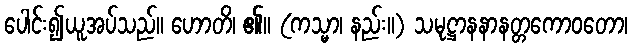
ပေါင်း၍ယူအပ်သည်။ ဟောတိ၊ ၏။ (ကသ္မာ၊ နည်း။) သမုဋ္ဌာနနာနတ္တကောဝတော၊